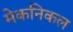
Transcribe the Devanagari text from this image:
मेकनिकल